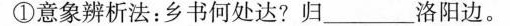
①意象辨析法：乡书何处达?归____洛阳边。